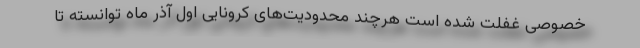
خصوصی غفلت شده است هرچند محدودیت‌های کرونایی اول آذر ماه توانسته تا